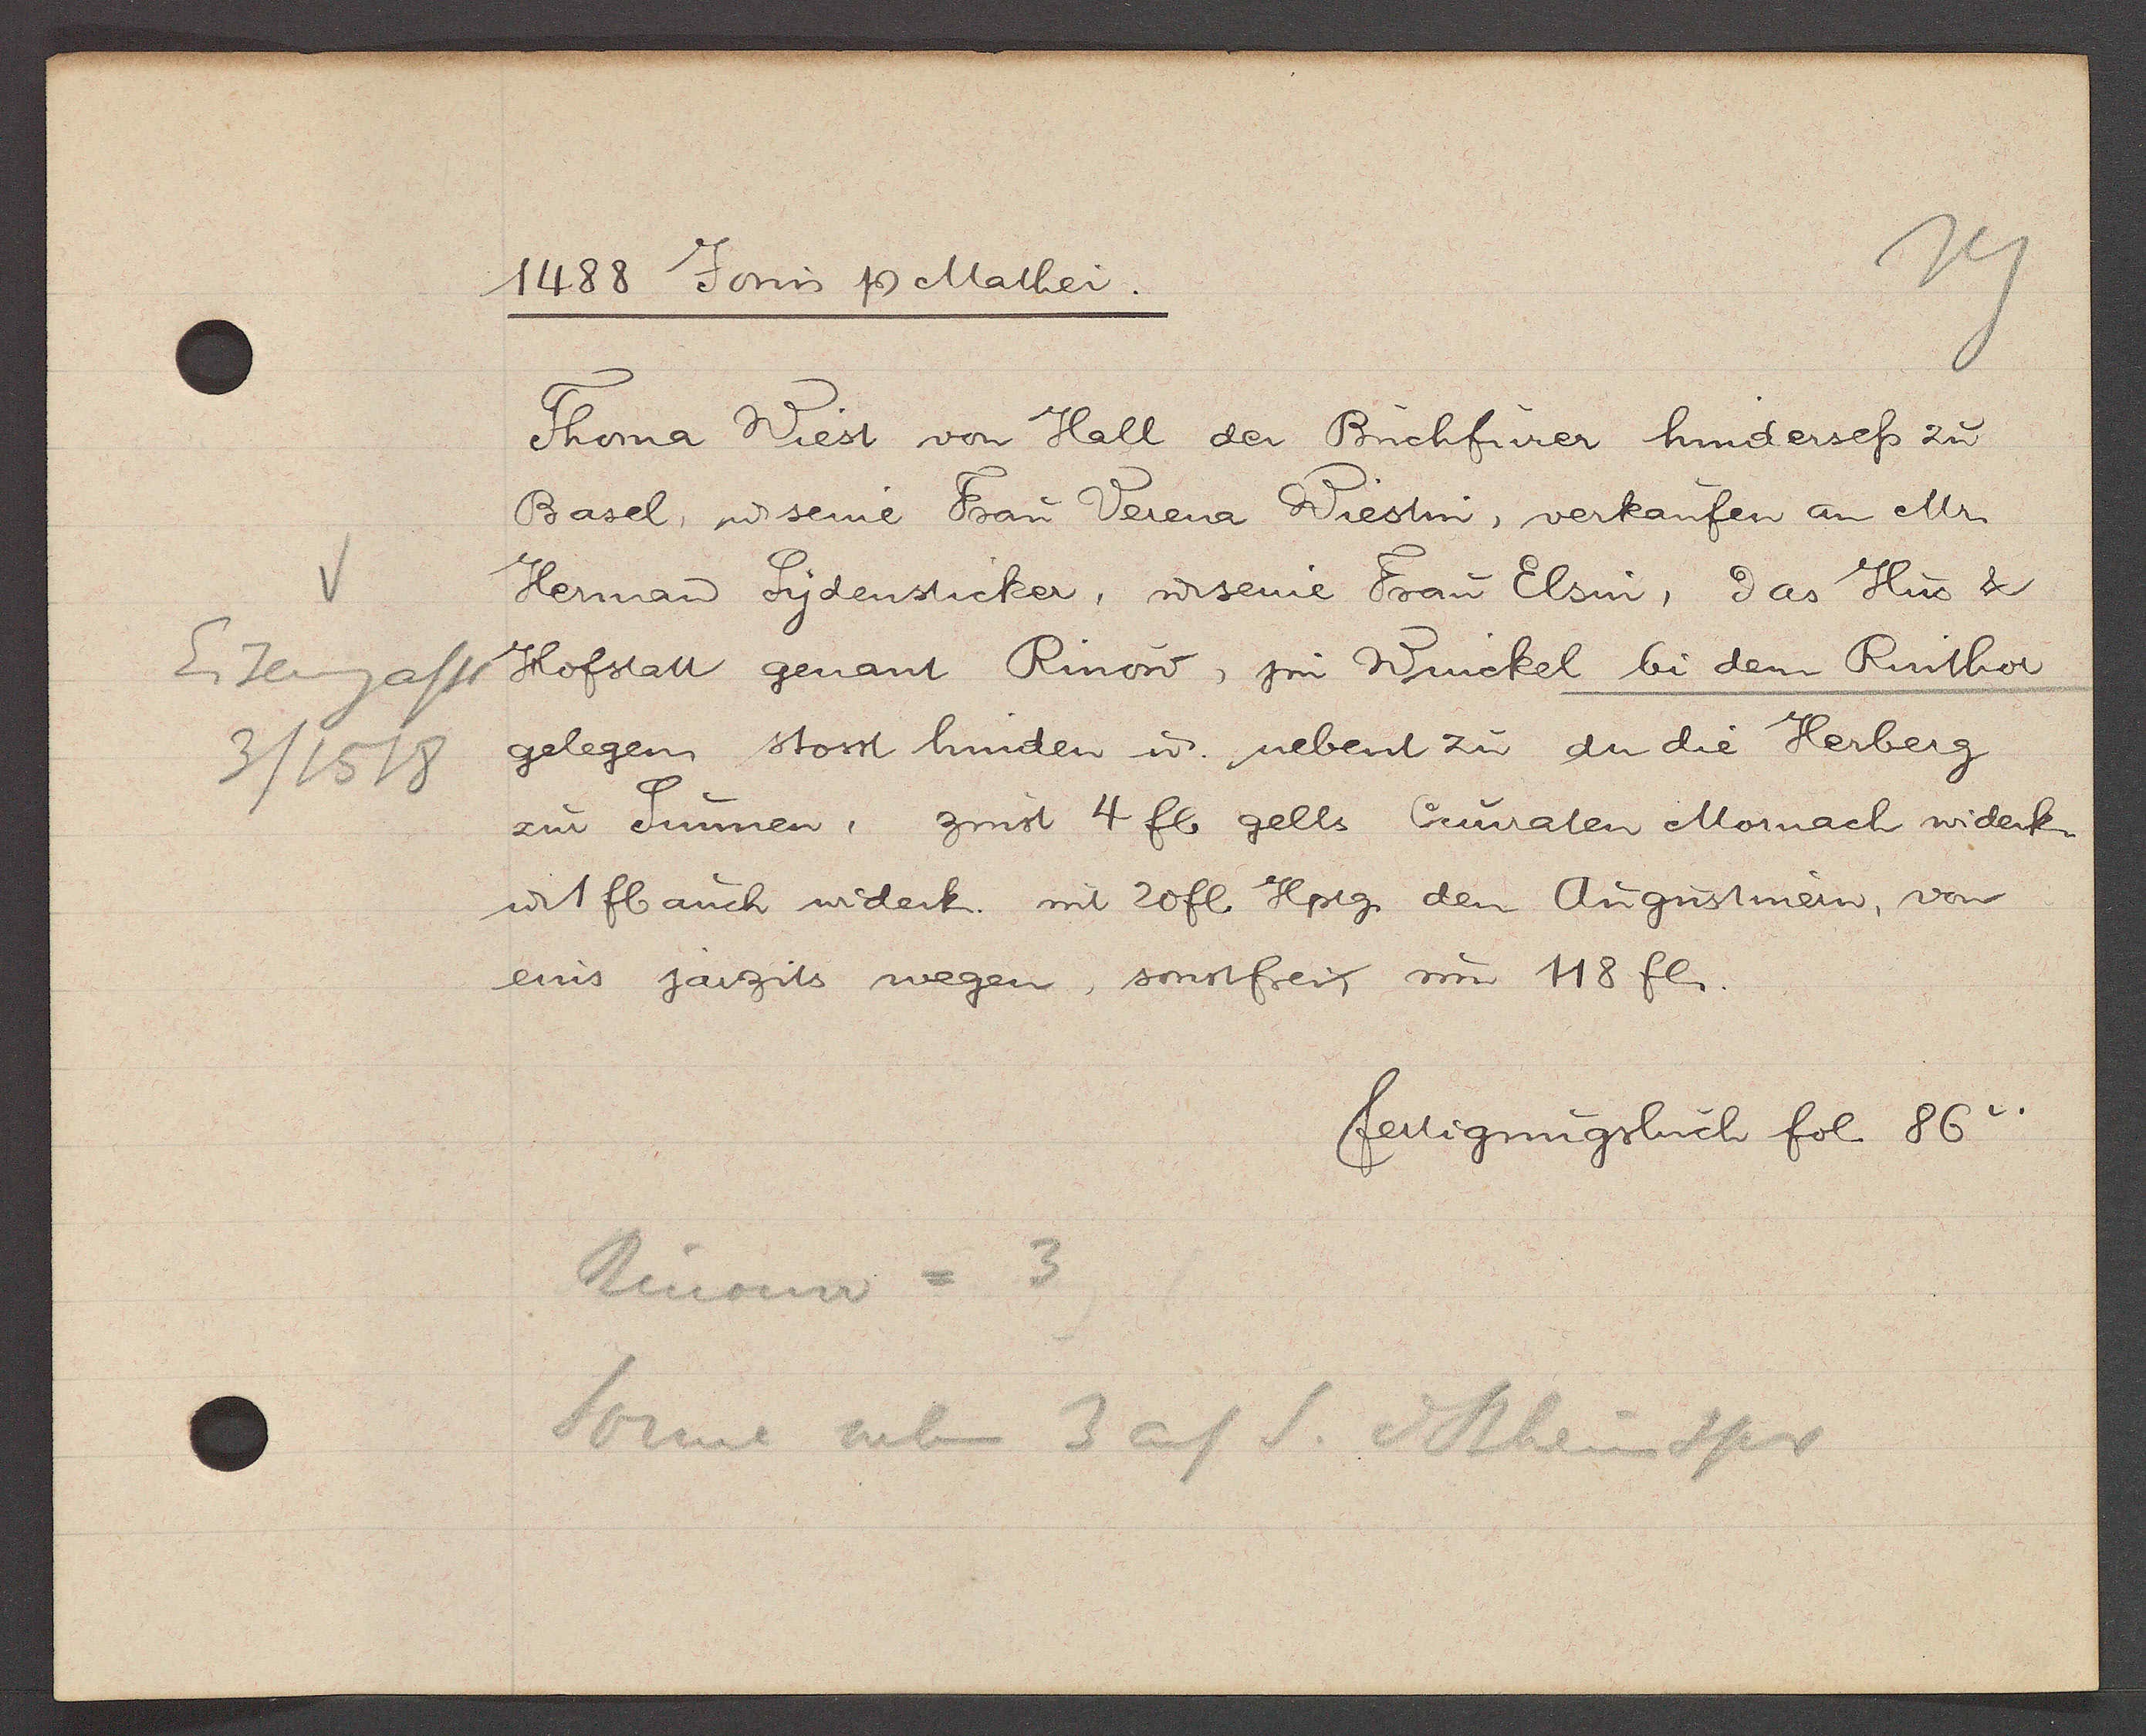
Transcript:
Eisengasse
3/1518

1488 Jovvis Ƿ Mathei.
Thoma Wiest von Hall der Buchfurer hindersess zu
Basel, ư seine Frau Verena Wiestin, verkaufen an Mr
Herman Sydensticker, ư seine Frau Elsin, das Hus &
Hofstatt genant Rinow, jm Winckel bi dem Rinthor
gelegen, stosst hinden ư nebent zu an die Herberg
zur Sunnen, zinst 4 fl gells Cunraten Mornach widerk.
u. 1 fl auch widerk. mit 20fl Hptg. den Augustinern, von
eins jarzits wegen, sonstfei um 118 fl.
fertigungsbuch fol. 86v.
Rinouw = 3
Sonne neb 3 auf S. d Rheinspr